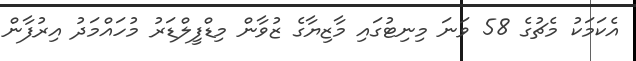
އެކަމަކު މެޗުގެ 58 ވަނަ މިނިޓުގައި މާޒިޔާގެ ޒުވާން މިޑްފީލްޑަރު މުހައްމަދު އިރުފާން